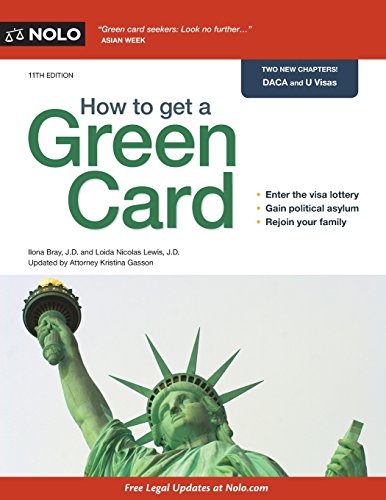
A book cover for How to Get a Green Card; Ilona Bray; Test Preparation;